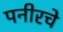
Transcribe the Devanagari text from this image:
पनीरचे